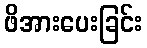
ဖိအားပေးခြင်း